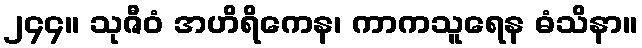
၂၄၄။ သုဇီဝံ အဟိရိကေန၊ ကာကသူရေန ဓံသိနာ။